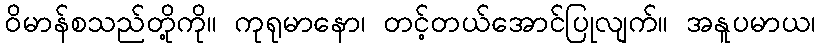
ဝိမာန်စသည်တို့ကို။ ကုရုမာနော၊ တင့်တယ်အောင်ပြုလျက်။ အနူပမာယ၊